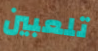
تلعبين